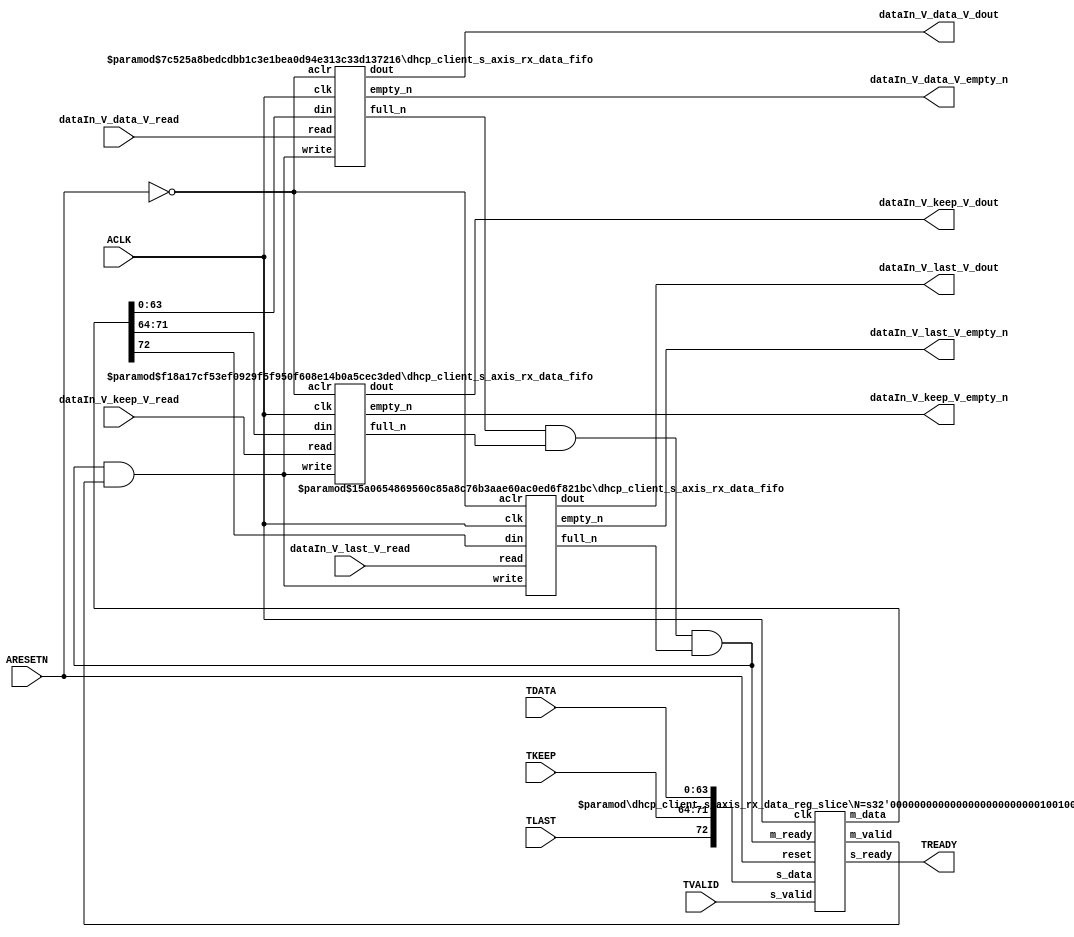
// ==============================================================
// File generated by Vivado(TM) HLS - High-Level Synthesis from C, C++ and SystemC
// Version: 2015.1
// Copyright (C) 2015 Xilinx Inc. All rights reserved.
// 
// ==============================================================


`timescale 1ns/1ps

module dhcp_client_s_axis_rx_data_if (
    // AXI4-Stream singals
    input  wire        ACLK,
    input  wire        ARESETN,
    input  wire        TVALID,
    output wire        TREADY,
    input  wire [63:0] TDATA,
    input  wire [7:0]  TKEEP,
    input  wire [0:0]  TLAST,
    // User signals
    output wire [63:0] dataIn_V_data_V_dout,
    output wire        dataIn_V_data_V_empty_n,
    input  wire        dataIn_V_data_V_read,
    output wire [7:0]  dataIn_V_keep_V_dout,
    output wire        dataIn_V_keep_V_empty_n,
    input  wire        dataIn_V_keep_V_read,
    output wire [0:0]  dataIn_V_last_V_dout,
    output wire        dataIn_V_last_V_empty_n,
    input  wire        dataIn_V_last_V_read
);
//------------------------Local signal-------------------
// FIFO
wire [0:0]  fifo_write;
wire [0:0]  fifo_full_n;
wire [63:0] dataIn_V_data_V_din;
wire [0:0]  dataIn_V_data_V_full_n;
wire [7:0]  dataIn_V_keep_V_din;
wire [0:0]  dataIn_V_keep_V_full_n;
wire [0:0]  dataIn_V_last_V_din;
wire [0:0]  dataIn_V_last_V_full_n;
// register slice
wire [0:0]  s_valid;
wire [0:0]  s_ready;
wire [72:0] s_data;
wire [0:0]  m_valid;
wire [0:0]  m_ready;
wire [72:0] m_data;

//------------------------Instantiation------------------
// rs
dhcp_client_s_axis_rx_data_reg_slice #(
    .N       ( 73 )
) rs (
    .clk     ( ACLK ),
    .reset   ( ARESETN ),
    .s_data  ( s_data ),
    .s_valid ( s_valid ),
    .s_ready ( s_ready ),
    .m_data  ( m_data ),
    .m_valid ( m_valid ),
    .m_ready ( m_ready )
);

// dataIn_V_data_V_fifo
dhcp_client_s_axis_rx_data_fifo #(
    .DATA_BITS  ( 64 ),
    .DEPTH_BITS ( 4 )
) dataIn_V_data_V_fifo (
    .clk        ( ACLK ),
    .aclr       ( ~ARESETN ),
    .empty_n    ( dataIn_V_data_V_empty_n ),
    .full_n     ( dataIn_V_data_V_full_n ),
    .read       ( dataIn_V_data_V_read ),
    .write      ( fifo_write ),
    .dout       ( dataIn_V_data_V_dout ),
    .din        ( dataIn_V_data_V_din )
);

// dataIn_V_keep_V_fifo
dhcp_client_s_axis_rx_data_fifo #(
    .DATA_BITS  ( 8 ),
    .DEPTH_BITS ( 4 )
) dataIn_V_keep_V_fifo (
    .clk        ( ACLK ),
    .aclr       ( ~ARESETN ),
    .empty_n    ( dataIn_V_keep_V_empty_n ),
    .full_n     ( dataIn_V_keep_V_full_n ),
    .read       ( dataIn_V_keep_V_read ),
    .write      ( fifo_write ),
    .dout       ( dataIn_V_keep_V_dout ),
    .din        ( dataIn_V_keep_V_din )
);

// dataIn_V_last_V_fifo
dhcp_client_s_axis_rx_data_fifo #(
    .DATA_BITS  ( 1 ),
    .DEPTH_BITS ( 4 )
) dataIn_V_last_V_fifo (
    .clk        ( ACLK ),
    .aclr       ( ~ARESETN ),
    .empty_n    ( dataIn_V_last_V_empty_n ),
    .full_n     ( dataIn_V_last_V_full_n ),
    .read       ( dataIn_V_last_V_read ),
    .write      ( fifo_write ),
    .dout       ( dataIn_V_last_V_dout ),
    .din        ( dataIn_V_last_V_din )
);

//------------------------Body---------------------------
//++++++++++++++++++++++++AXI4-Stream++++++++++++++++++++
assign TREADY = s_ready;

//+++++++++++++++++++++++++++++++++++++++++++++++++++++++

//++++++++++++++++++++++++Reigister Slice++++++++++++++++
assign s_valid = TVALID;
assign m_ready = fifo_full_n;
assign s_data  = {TLAST[0:0], TKEEP[7:0], TDATA[63:0]};

//+++++++++++++++++++++++++++++++++++++++++++++++++++++++

//++++++++++++++++++++++++FIFO+++++++++++++++++++++++++++
assign fifo_write          = fifo_full_n & m_valid;
assign dataIn_V_data_V_din = m_data[63:0];
assign dataIn_V_keep_V_din = m_data[71:64];
assign dataIn_V_last_V_din = m_data[72:72];
assign fifo_full_n         = dataIn_V_data_V_full_n & dataIn_V_keep_V_full_n & dataIn_V_last_V_full_n;

//+++++++++++++++++++++++++++++++++++++++++++++++++++++++

endmodule



`timescale 1ns/1ps

module dhcp_client_s_axis_rx_data_fifo
#(parameter
    DATA_BITS  = 8,
    DEPTH_BITS = 4
)(
    input  wire                 clk,
    input  wire                 aclr,
    output wire                 empty_n,
    output wire                 full_n,
    input  wire                 read,
    input  wire                 write,
    output wire [DATA_BITS-1:0] dout,
    input  wire [DATA_BITS-1:0] din
);
//------------------------Parameter----------------------
localparam
    DEPTH = 1 << DEPTH_BITS;
//------------------------Local signal-------------------
reg                   empty;
reg                   full;
reg  [DEPTH_BITS-1:0] index;
reg  [DATA_BITS-1:0]  mem[0:DEPTH-1];
//------------------------Body---------------------------
assign empty_n = ~empty;
assign full_n  = ~full;
assign dout    = mem[index];

// empty
always @(posedge clk or posedge aclr) begin
    if (aclr)
        empty <= 1'b1;
    else if (empty & write & ~read)
        empty <= 1'b0;
    else if (~empty & ~write & read & (index==1'b0))
        empty <= 1'b1;
end

// full
always @(posedge clk or posedge aclr) begin
    if (aclr)
        full <= 1'b0;
    else if (full & read & ~write)
        full <= 1'b0;
    else if (~full & ~read & write & (index==DEPTH-2'd2))
        full <= 1'b1;
end

// index
always @(posedge clk or posedge aclr) begin
    if (aclr)
        index <= {DEPTH_BITS{1'b1}};
    else if (~empty & ~write & read)
        index <= index - 1'b1;
    else if (~full & ~read & write)
        index <= index + 1'b1;
end

// mem
always @(posedge clk) begin
    if (~full & write) mem[0] <= din;
end

genvar i;
generate
    for (i = 1; i < DEPTH; i = i + 1) begin : gen_sr
        always @(posedge clk) begin
            if (~full & write) mem[i] <= mem[i-1];
        end
    end
endgenerate

endmodule

`timescale 1ns/1ps

module dhcp_client_s_axis_rx_data_reg_slice
#(parameter
    N = 8   // data width
) (
    // system signals
    input  wire         clk,
    input  wire         reset,
    // slave side
    input  wire [N-1:0] s_data,
    input  wire         s_valid,
    output wire         s_ready,
    // master side
    output wire [N-1:0] m_data,
    output wire         m_valid,
    input  wire         m_ready
);
//------------------------Parameter----------------------
// state
localparam [1:0]
    ZERO = 2'b10,
    ONE  = 2'b11,
    TWO  = 2'b01;
//------------------------Local signal-------------------
reg  [N-1:0] data_p1;
reg  [N-1:0] data_p2;
wire         load_p1;
wire         load_p2;
wire         load_p1_from_p2;
reg          s_ready_t;
reg  [1:0]   state;
reg  [1:0]   next;
//------------------------Body---------------------------
assign s_ready = s_ready_t;
assign m_data  = data_p1;
assign m_valid = state[0];

assign load_p1 = (state == ZERO && s_valid) ||
                 (state == ONE && s_valid && m_ready) ||
                 (state == TWO && m_ready);
assign load_p2 = s_valid & s_ready;
assign load_p1_from_p2 = (state == TWO);

// data_p1
always @(posedge clk) begin
    if (load_p1) begin
        if (load_p1_from_p2)
            data_p1 <= data_p2;
        else
            data_p1 <= s_data;
    end
end

// data_p2
always @(posedge clk) begin
    if (load_p2) data_p2 <= s_data;
end

// s_ready_t
always @(posedge clk) begin
    if (~reset)
        s_ready_t <= 1'b0;
    else if (state == ZERO)
        s_ready_t <= 1'b1;
    else if (state == ONE && next == TWO)
        s_ready_t <= 1'b0;
    else if (state == TWO && next == ONE)
        s_ready_t <= 1'b1;
end

// state
always @(posedge clk) begin
    if (~reset)
        state <= ZERO;
    else
        state <= next;
end

// next
always @(*) begin
    case (state)
        ZERO:
            if (s_valid & s_ready)
                next = ONE;
            else
                next = ZERO;
        ONE:
            if (~s_valid & m_ready)
                next = ZERO;
            else if (s_valid & ~m_ready)
                next = TWO;
            else
                next = ONE;
        TWO:
            if (m_ready)
                next = ONE;
            else
                next = TWO;
        default:
            next = ZERO;
    endcase
end

endmodule